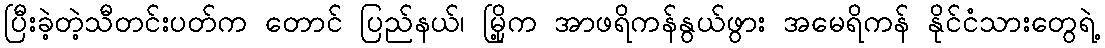
ပြီးခဲ့တဲ့သီတင်းပတ်က တောင် ပြည်နယ်၊ မြို့က အာဖရိကန်နွယ်ဖွား အမေရိကန် နိုင်ငံသားတွေရဲ့